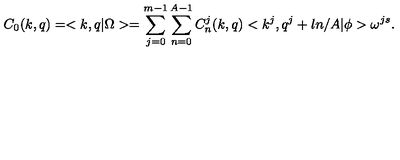
C _ { 0 } ( k , q ) = < k , q | \Omega > = \sum _ { j = 0 } ^ { m - 1 } \sum _ { n = 0 } ^ { A - 1 } C _ { n } ^ { j } ( k , q ) < k ^ { j } , q ^ { j } + l n / A | \phi > \omega ^ { j s } .